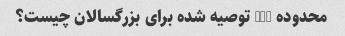
محدوده BMI توصیه شده برای بزرگسالان چیست؟